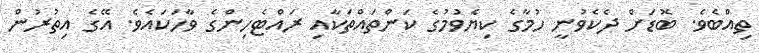
ތިއްބެވެ. ބޮޑަށް ދެކެވުނީ ހުމާގެ ކިޔެވުމުގެ ކަންތައްތަކާއި ރައްޓެހިންގެ ވާހަކައެވެ. އޭގެ އިތުރުން